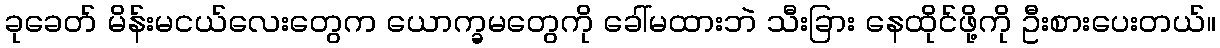
ခုခေတ် မိန်းမငယ်လေးတွေက ယောက္ခမတွေကို ခေါ်မထားဘဲ သီးခြား နေထိုင်ဖို့ကို ဦးစားပေးတယ်။